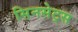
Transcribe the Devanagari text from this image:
सिनसेट्स